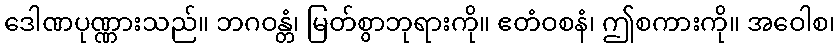
ဒေါဏပုဏ္ဏားသည်။ ဘဂဝန္တံ၊ မြတ်စွာဘုရားကို။ ဧတံဝစနံ၊ ဤစကားကို။ အဝေါစ၊